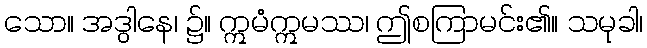
သော။ အဒွါနေ၊ ၌။ ဣမံဣမဿ၊ ဤစကြာမင်း၏။ သမုခါ၊